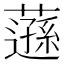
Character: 䕖